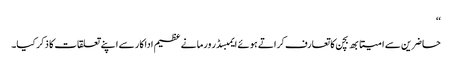
‘‘
حاضرین سے امیتابھ بچن کا تعارف کراتے ہوئے ایمبسڈر ورما نے عظیم اداکار سے اپنے تعلقات کا ذکر کیا۔